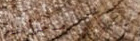
مدخل عام